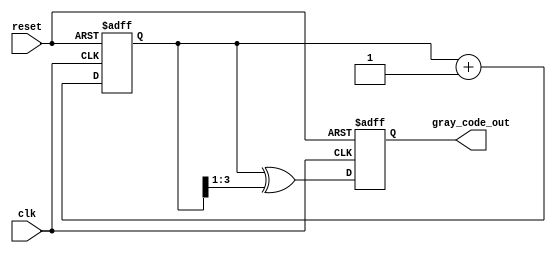
module gray_code_counter #(
    parameter N = 4  // Number of bits for the Gray code counter
)(
    input wire clk,          // Clock signal
    input wire reset,        // Asynchronous reset signal
    output reg [N-1:0] gray_code_out // Output Gray code value
);

    // Internal binary counter
    reg [N-1:0] binary_count;

    // Convert binary count to Gray code
    function [N-1:0] binary_to_gray;
        input [N-1:0] binary;
        begin
            binary_to_gray = binary ^ (binary >> 1);
        end
    endfunction

    // Always block for synchronous operation
    always @(posedge clk or posedge reset) begin
        if (reset) begin
            // Reset to the lowest Gray code value
            binary_count <= 0;
            gray_code_out <= binary_to_gray(0);
        end else begin
            // Increment the binary count
            binary_count <= binary_count + 1;
            // Update the Gray code output
            gray_code_out <= binary_to_gray(binary_count);
        end
    end

endmodule